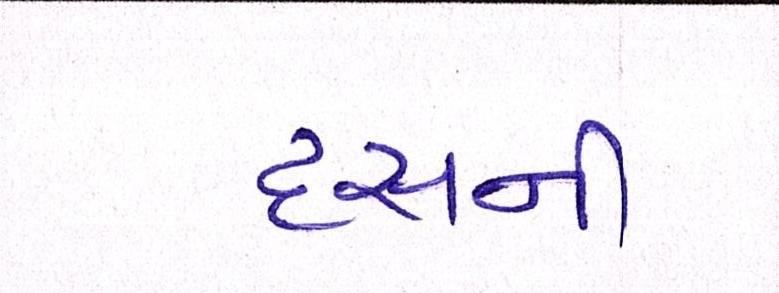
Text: દસની